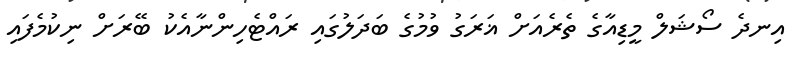
އިނދެ ސޯޝަލް މީޑިއާގެ ތެރެއަށް ޣަރަގު ވުމުގެ ބަދަލުގައި ރައްޓެހިންނާއެކު ބޭރަށް ނިކުމެފައި